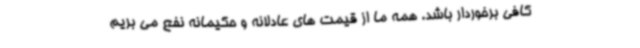
کافی برخوردار باشد. همه ما از قیمت های عادلانه و حکیمانه نفع می بریم